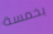
بخمسة